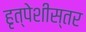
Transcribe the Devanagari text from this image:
हृत्पेशीस्तर